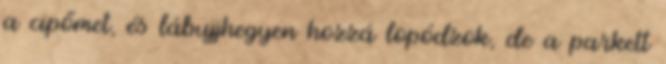
a cipőmet, és lábujjhegyen hozzá lopódzok, de a parkett